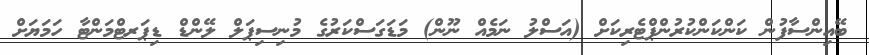
ބޭއިންސާފުން ކަންކަންކުރުންޕްޓެރިކަށް (އަސްލު ނަމެއް ނޫން) މަޑަގަސްކަރުގެ މުނިސިޕަލް ލޭންޑް ޑިޕަރޓްމަންޓާ ހަމަޔަށް